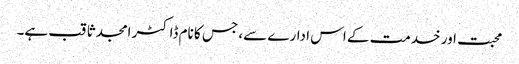
محبت اور خدمت کے اس ادارے سے، جس کا نام ڈاکٹر امجد ثاقب ہے۔